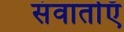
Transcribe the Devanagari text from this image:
संवार्ताएँ